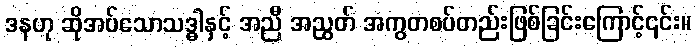
ဒနဟု ဆိုအပ်သောသဒ္ဓါနှင့် အညီ အညွတ် အကွတစပ်တည်းဖြစ်ခြင်းကြောင့်၎င်း။